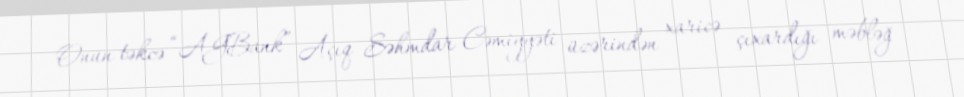
Onun təkcə “AGBank” Açıq Səhmdar Cəmiyyəti üzərindən xaricə çıxardığı məbləğ